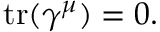
\operatorname { t r } ( \gamma ^ { \mu } ) = 0 .